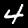
Digit: 4